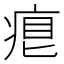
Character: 𤶨